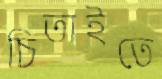
চিতাইতে